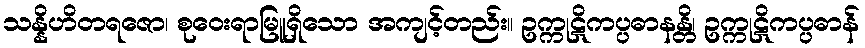
သန္နိဟိတရဇော၊ စုဝေးရာမြူရှိသော အကျင့်တည်း။ ဥက္ကုဋိကပ္ပဓာနန္တိ၊ ဥက္ကုဋိကပ္ပဓာန်